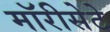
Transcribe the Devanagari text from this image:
मॉरीसेटे